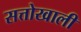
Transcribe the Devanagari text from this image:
सत्तोखाली